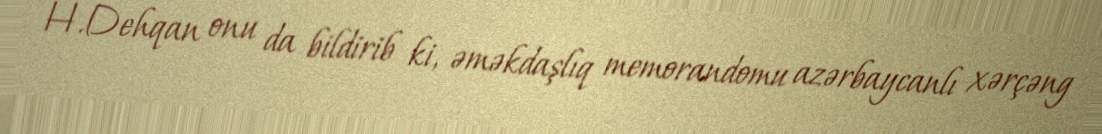
H.Dehqan onu da bildirib ki, əməkdaşlıq memorandomu azərbaycanlı xərçəng